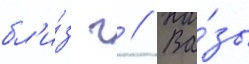
бл'и́з г // Ва́зы